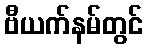
ဗီယက်နမ်တွင်